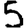
Digit: 5